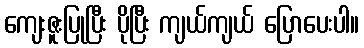
ကျေးဇူးပြုပြီး ပိုပြီး ကျယ်ကျယ် ပြောပေးပါ။